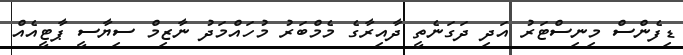
ޑިފެންސް މިނިސްޓަރު އަދި ދަގަނެތީ ދާއިރާގެ މެމްބަރު މުހައްމަދު ނާޒިމް ސިޔާސީ ޕާޓީއެއް